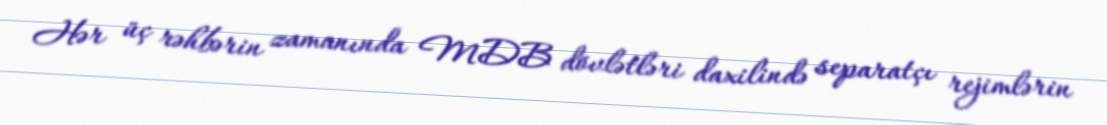
Hər üç rəhbərin zamanında MDB dövlətləri daxilində separatçı rejimlərin